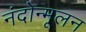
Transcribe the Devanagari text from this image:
नंदोन्मूलन